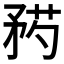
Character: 𥍰